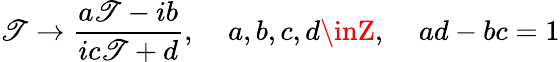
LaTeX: \mathscr{T}\rightarrow\frac{{a\mathscr{T}-ib}}{{ic\mathscr{T}+d}},\; \; \; \; a,b,c,d\inZ,\; \; \; \; ad-bc=1